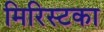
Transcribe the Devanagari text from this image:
मिरिस्टका